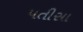
પતીસા